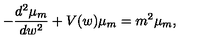
- \frac { d ^ { 2 } \mu _ { m } } { d w ^ { 2 } } + V ( w ) \mu _ { m } = m ^ { 2 } \mu _ { m } ,